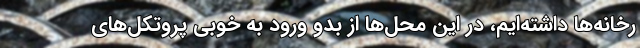
رخانه‌ها داشته‌ایم، در این محل‌ها از بدو ورود به خوبی پروتکل‌های